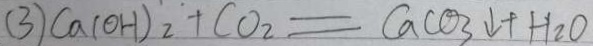
( 3 ) C a ( O H ) _ { 2 } + C O _ { 2 } = C a C O _ { 3 } \downarrow + H _ { 2 } O